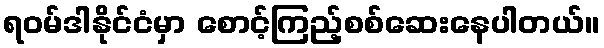
ရဝမ်ဒါနိုင်ငံမှာ စောင့်ကြည့်စစ်ဆေးနေပါတယ်။